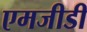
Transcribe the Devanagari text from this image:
एमजीडी